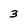
Character: 3